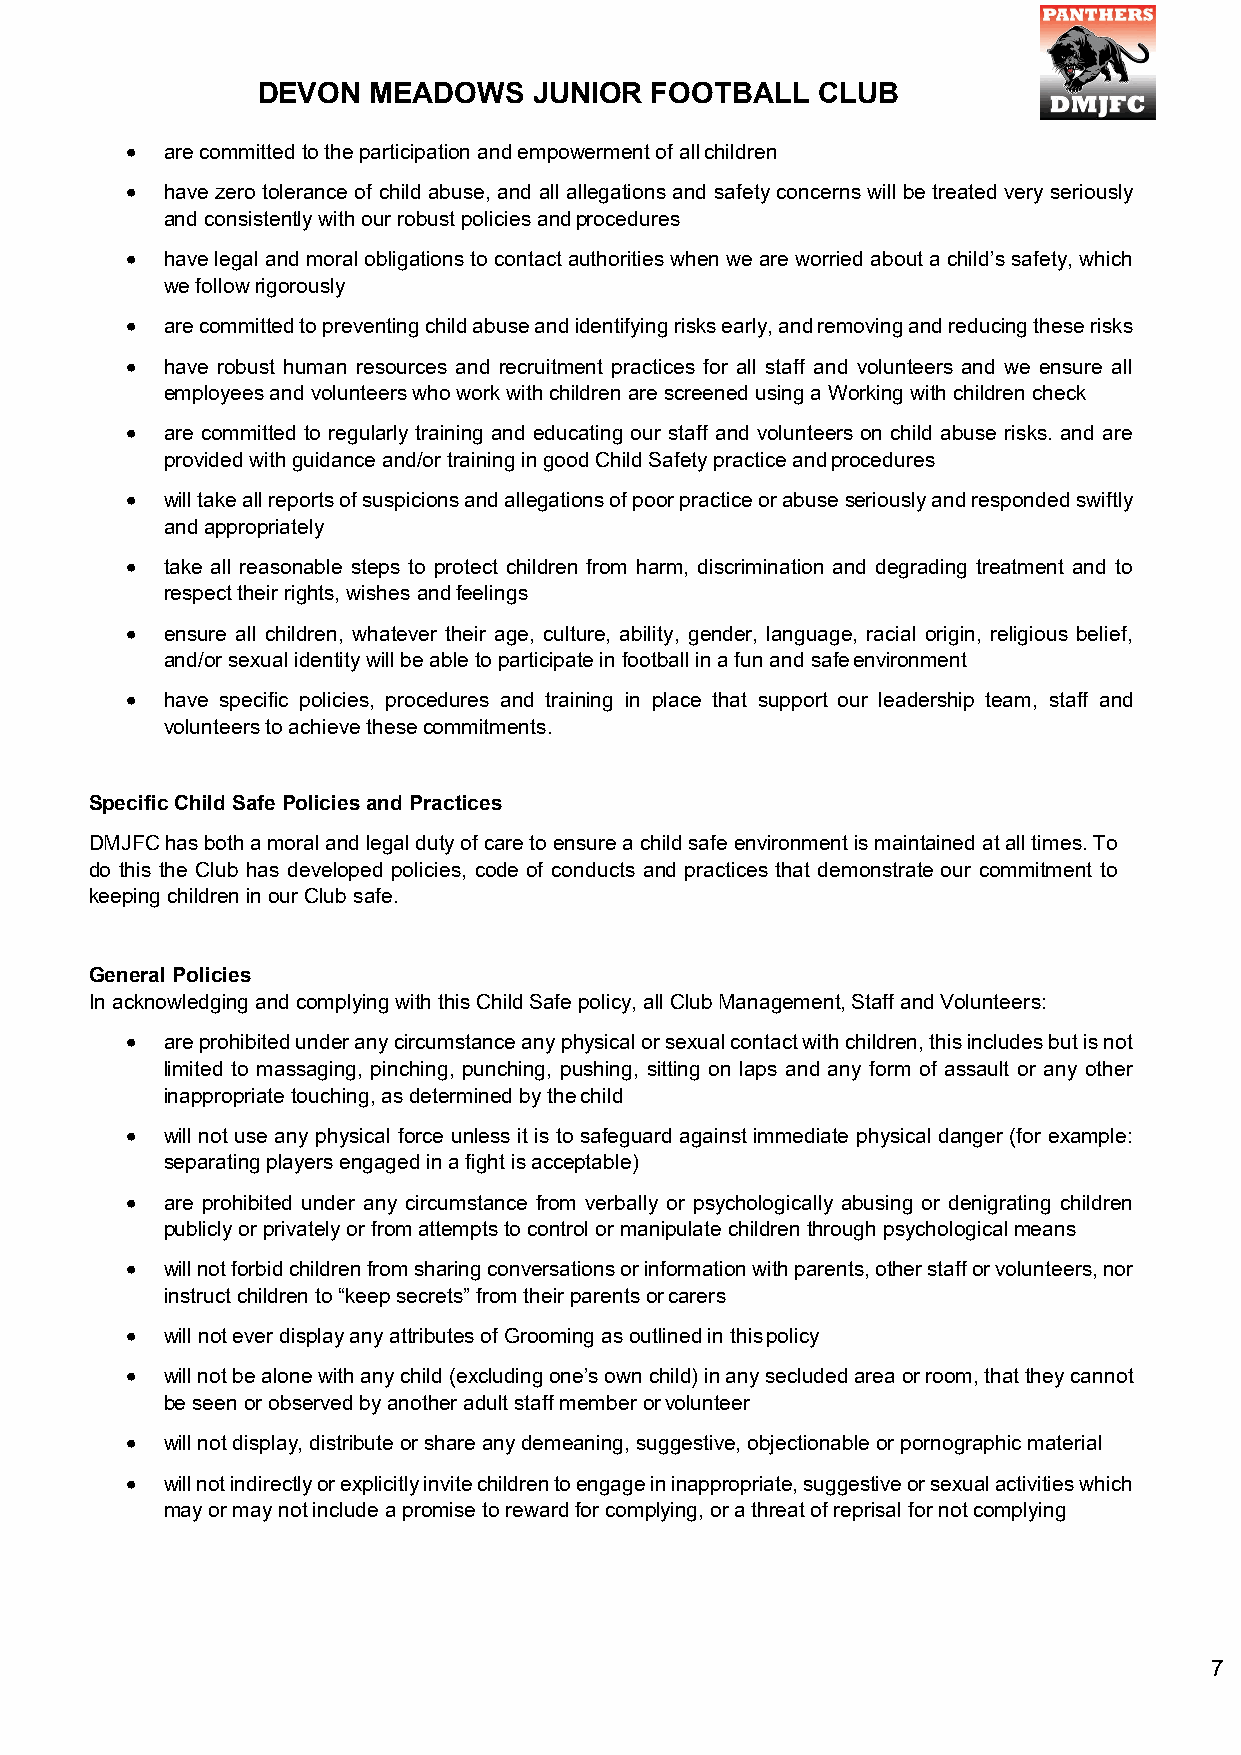
DEVON  MEADOWS    JUNIOR  FOOTBALL   CLUB
 •  are committed to the participation and empowerment of all children
 •  have zero tolerance of child abuse, and all allegations and safety concerns will be treated very seriously
 and consistently with our robust policies and procedures
 •  have legal and moral obligations to contact authorities when we are worried about a child’s safety, which
 we follow rigorously
 •  are committed to preventing child abuse and identifying risks early, and removing and reducing these risks
 •  have robust human resources and recruitment practices for all staff and volunteers and we ensure all
 employees and volunteers who work with children are screened using a Working with children check
 •  are committed to regularly training and educating our staff and volunteers on child abuse risks. and are
 provided with guidance and/or training in good Child Safety practice and procedures
 •  will take all reports of suspicions and allegations of poor practice or abuse seriously and responded swiftly
 and appropriately
 •  take all reasonable steps to protect children from harm, discrimination and degrading treatment and to
 respect their rights, wishes and feelings
 •  ensure all children, whatever their age, culture, ability, gender, language, racial origin, religious belief,
 and/or sexual identity will be able to participate in football in a fun and safe environment
 •  have specific policies, procedures and training in place that support our leadership team, staff and
 volunteers to achieve these commitments.
 Specific Child Safe Policies and Practices
 DMJFC has both a moral and legal duty of care to ensure a child safe environment is maintained at all times. To
 do this the Club has developed policies, code of conducts and practices that demonstrate our commitment to
 keeping children in our Club safe.
 General Policies
 In acknowledging and complying with this Child Safe policy, all Club Management, Staff and Volunteers:
 •  are prohibited under any circumstance any physical or sexual contact with children, this includes but is not
 limited to massaging, pinching, punching, pushing, sitting on laps and any form of assault or any other
 inappropriate touching, as determined by the child
 •  will not use any physical force unless it is to safeguard against immediate physical danger (for example:
 separating players engaged in a fight is acceptable)
 •  are prohibited under any circumstance from verbally or psychologically abusing or denigrating children
 publicly or privately or from attempts to control or manipulate children through psychological means
 •  will not forbid children from sharing conversations or information with parents, other staff or volunteers, nor
 instruct children to “keep secrets” from their parents or carers
 •  will not ever display any attributes of Grooming as outlined in this policy
 •  will not be alone with any child (excluding one’s own child) in any secluded area or room, that they cannot
 be seen or observed by another adult staff member or volunteer
 •  will not display, distribute or share any demeaning, suggestive, objectionable or pornographic material
 •  will not indirectly or explicitly invite children to engage in inappropriate, suggestive or sexual activities which
 may or may not include a promise to reward for complying, or a threat of reprisal for not complying
 7